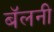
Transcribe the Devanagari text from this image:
बॅलनी